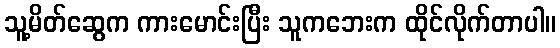
သူ့မိတ်ဆွေက ကားမောင်းပြီး သူကဘေးက ထိုင်လိုက်တာပါ။